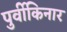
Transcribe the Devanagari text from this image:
पुर्वीकिनार